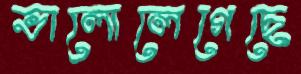
ভালোলেগেছে